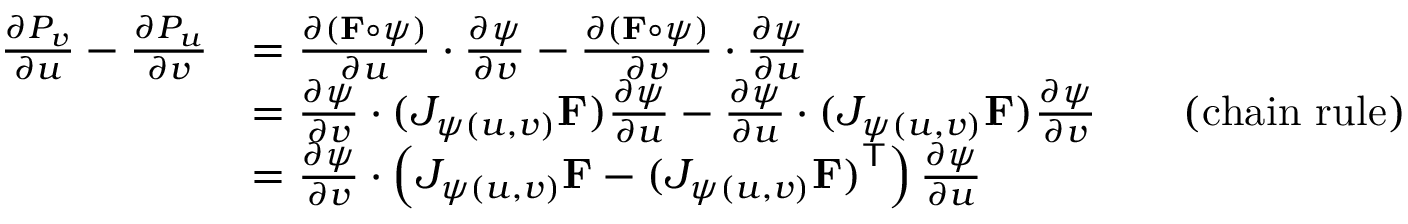
{ \begin{array} { r l r l } { { \frac { \partial P _ { v } } { \partial u } } - { \frac { \partial P _ { u } } { \partial v } } } & { = { \frac { \partial ( \mathbf { F } \circ { \boldsymbol { \psi } } ) } { \partial u } } \cdot { \frac { \partial { \boldsymbol { \psi } } } { \partial v } } - { \frac { \partial ( \mathbf { F } \circ { \boldsymbol { \psi } } ) } { \partial v } } \cdot { \frac { \partial { \boldsymbol { \psi } } } { \partial u } } } \\ & { = { \frac { \partial { \boldsymbol { \psi } } } { \partial v } } \cdot ( J _ { { \boldsymbol { \psi } } ( u , v ) } \mathbf { F } ) { \frac { \partial { \boldsymbol { \psi } } } { \partial u } } - { \frac { \partial { \boldsymbol { \psi } } } { \partial u } } \cdot ( J _ { { \boldsymbol { \psi } } ( u , v ) } \mathbf { F } ) { \frac { \partial { \boldsymbol { \psi } } } { \partial v } } } & & { { \mathrm { ( c h a i n ~ r u l e ) } } } \\ & { = { \frac { \partial { \boldsymbol { \psi } } } { \partial v } } \cdot \left( J _ { { \boldsymbol { \psi } } ( u , v ) } \mathbf { F } - { ( J _ { { \boldsymbol { \psi } } ( u , v ) } \mathbf { F } ) } ^ { \mathsf { T } } \right) { \frac { \partial { \boldsymbol { \psi } } } { \partial u } } } \end{array} }